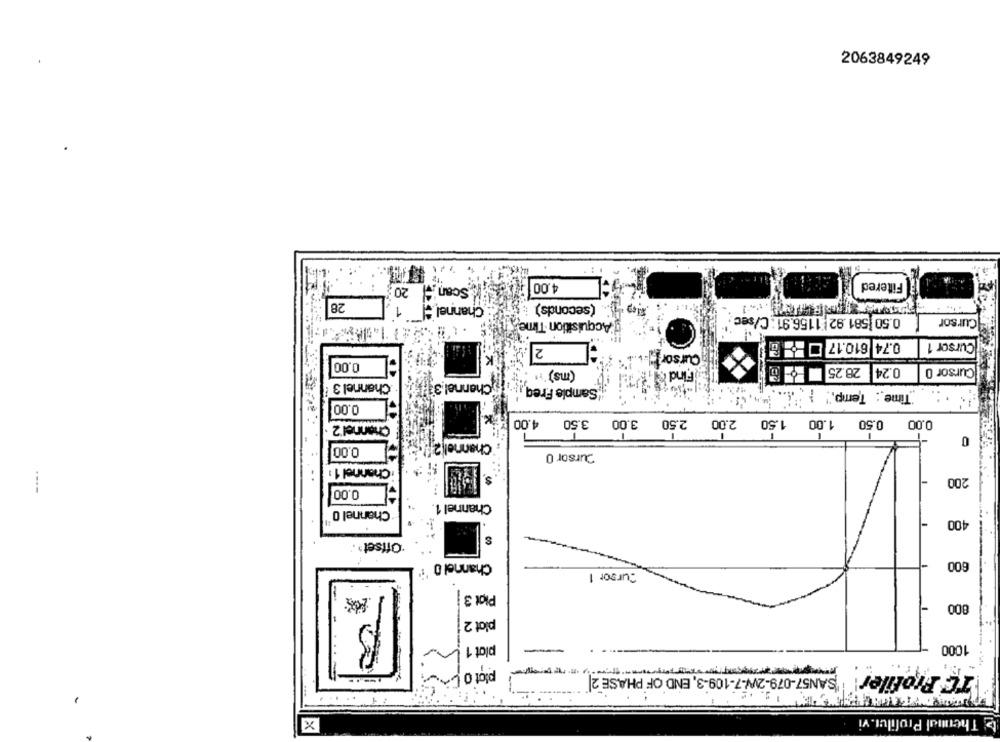
2063849249
4.00
Filtered
Scan'" 20;
28
Channel =! 1
(seconds) i
0.50 581 92 1156.91 : C/sec
Cursor
Acquisition Time
0.74 610.17
Cursor 1
2
Cursor :...
0.00
(ms) .
28.25
0.24
Cursor 0
Find &
Channel 3
Channel 3
Sample Freq
Time : Temp."
0.00
-
K.
4.00
3.50
3.00
2.50
1.50
1.00
0.50
0.00
Channel 2
0
Channell2
0.00
Cursor 0
Channel 1 :
$.
200
0.00
Channel 1
Channel 0
400
"Offset+
Channel 0
600
Cursor 1
Plat 3
800
plot 2
plat 1 !
1000
plot o C
TE Profiler! "SAN57-079-2W-7-109-3, END OF PHASE 2|
X
b Thennal Profilui. vi